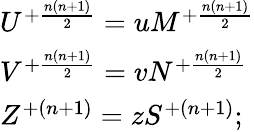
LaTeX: \begin{array}{lcr}{{U^{+{\frac{n(n+1)}{2}}}=uM^{+{\frac{n(n+1)}{2}}}}}\\ {{V^{+{\frac{n(n+1)}{2}}}=vN^{+{\frac{n(n+1)}{2}}}}}\\ {{Z^{+{(n+1)}}=zS^{+{(n+1)}};}}\end{array}